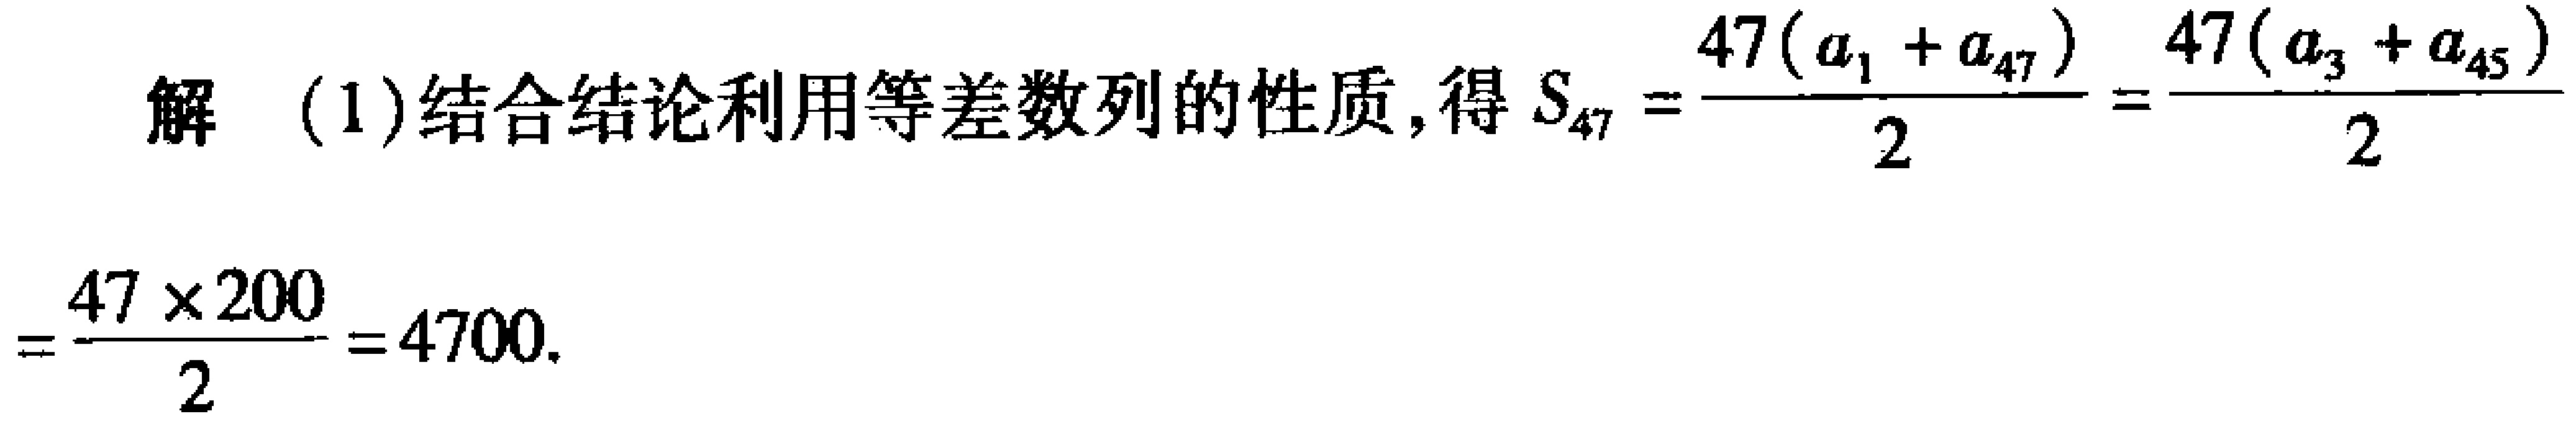
解 (1)结合结论利用等差数列的性质,得 \(S_{47}=\frac{47(a_{1} + a_{47})}{2}=\frac{47(a_{3}+ a_{45})}{2}=\frac{47\times200}{2}=4700\).